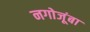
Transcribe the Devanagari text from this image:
नगोजूंबा